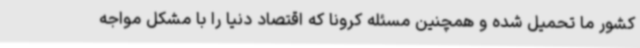
کشور ما تحمیل شده و همچنین مسئله کرونا که اقتصاد دنیا را با مشکل مواجه